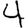
Digit: 4